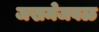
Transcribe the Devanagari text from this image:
जखमेजवळ